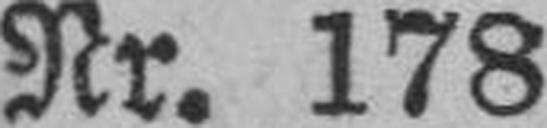
Nr. 178